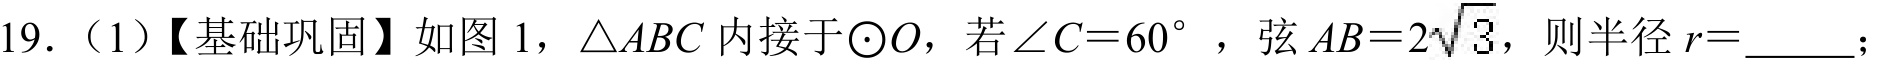
19.（1）【基础巩固】如图 1，\(\triangle ABC\) 内接于\(\odot O\)，若\(\angle C = 60^{\circ}\)，弦 \(AB = 2\sqrt{3}\)，则半径 \(r =\)  ；